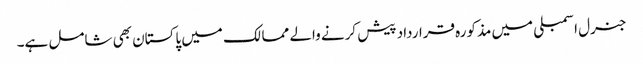
جنرل اسمبلی میں مذکورہ قرارداد پیش کرنے والے ممالک میں پاکستان بھی شامل ہے۔